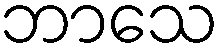
ဘာသေ